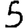
Digit: 5